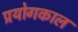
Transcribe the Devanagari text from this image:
प्रयोगकाल